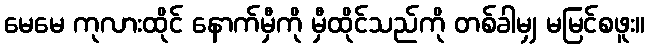
မေမေ ကုလားထိုင် နောက်မှီကို မှီထိုင်သည်ကို တစ်ခါမျှ မမြင်စဖူး။